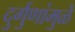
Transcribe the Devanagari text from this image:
दुर्गुणांमुळे